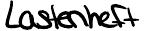
Lastenheft